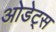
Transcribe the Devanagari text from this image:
ओडेट्स